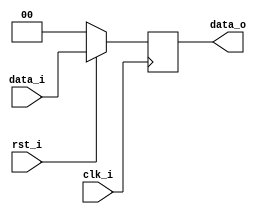
// id: 109550022

`timescale 1ns / 1ps
module Pipe_Reg(
    clk_i,
    rst_i,
    data_i,
    data_o
    );
					
parameter size = 0;

input   clk_i;		  
input   rst_i;
input   [size-1:0] data_i;
output reg  [size-1:0] data_o;
	  
always@(posedge clk_i) begin
    if(~rst_i)
        data_o <= 0;
    else begin
        data_o <= data_i;
        end
end

endmodule